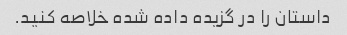
داستان را در گزیده داده شده خلاصه کنید.